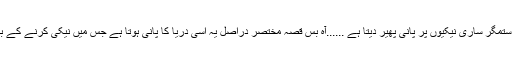
بس یہیں تک ستم رہتا تو کیا ہی بات تھی لیکن ستم بالائے ستم کہ ستمگر ساری نیکیوں پر پانی پھیر دیتا ہے ......آہ بس قصہ مختصر دراصل یہ اسی دریا کا پانی ہوتا ہے جس میں نیکی کرنے کے بعد اس نیکی کو ڈالنا تھا ،بھول جانا تھا کہ کسی پر احسان کیا تھا ۔